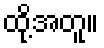
ထို့အတူ။